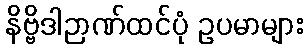
နိဗ္ဗိဒါဉာဏ်ထင်ပုံ ဥပမာများ